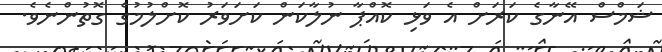
ޝަމްސް އޭނާގެ ކަރަށް އެ ވަޅި ކޮއްޕާ ނުލާކަން ކަށަވަރު ކޮށްލުމުގެ ގޮތުންނެވެ.